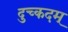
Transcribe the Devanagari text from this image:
दुच्कदम्